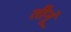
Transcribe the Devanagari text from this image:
तीनूं